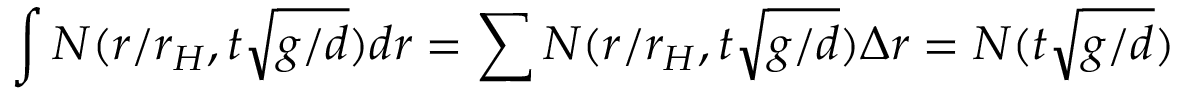
\int N ( r / r _ { H } , t \sqrt { g / d } ) d r = \sum N ( r / r _ { H } , t \sqrt { g / d } ) \Delta r = N ( t \sqrt { g / d } )